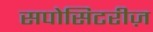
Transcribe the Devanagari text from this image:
सपोसिटरीज़